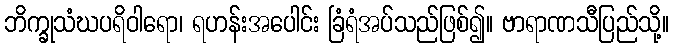
ဘိက္ခုသံဃပရိဝါရော၊ ရဟန်းအပေါင်း ခြံရံအပ်သည်ဖြစ်၍။ ဗာရာဏသီပြည်သို့။